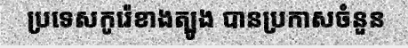
ប្រទេសកូរ៉េខាងត្បូង បានប្រកាសចំនួន